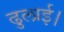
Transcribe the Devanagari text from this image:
ढुलाई।